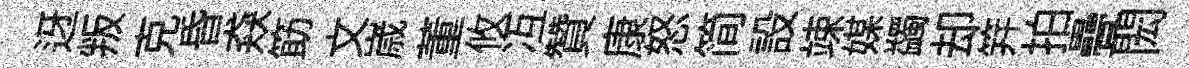
迓叛克昏猋筯文𡻕董攸冱贊康怒简設竦媒蠲却笄拍疊閎